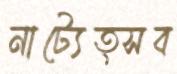
নাট্যেত্সব